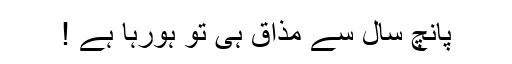
پانچ سال سے مذاق ہی تو ہورہا ہے !